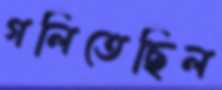
গলিতেছিল